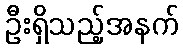
ဦးရှိသည့်အနက်